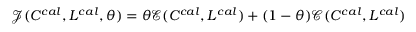
\mathcal { J } ( C ^ { c a l } , L ^ { c a l } , \theta ) = \theta \mathcal { E } ( C ^ { c a l } , L ^ { c a l } ) + ( 1 - \theta ) \mathcal { C } ( C ^ { c a l } , L ^ { c a l } )